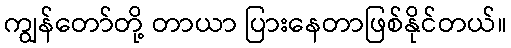
ကျွန်တော်တို့ တာယာ ပြားနေတာဖြစ်နိုင်တယ်။